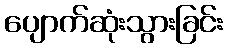
ပျောက်ဆုံးသွားခြင်း